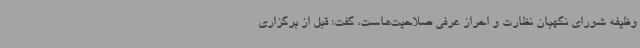
وظیفه شورای نگهبان نظارت و احراز عرفی صلاحیت‌هاست، گفت: قبل از برگزاری